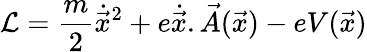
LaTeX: {\cal{L}}=\frac{m}{2}{\dot{\vec{x}}}^{2}+e\dot{\vec{x}}.\vec{A}(\vec{x})-eV(\vec{x})